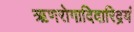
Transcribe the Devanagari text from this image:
ऋणरोगादिदारिद्रयं